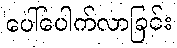
ပေါ်ပေါက်လာခြင်း